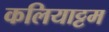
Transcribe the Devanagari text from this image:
कलियाट्टम